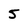
Character: 5